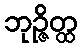
ဘုဉ္ဇိတ္ထ